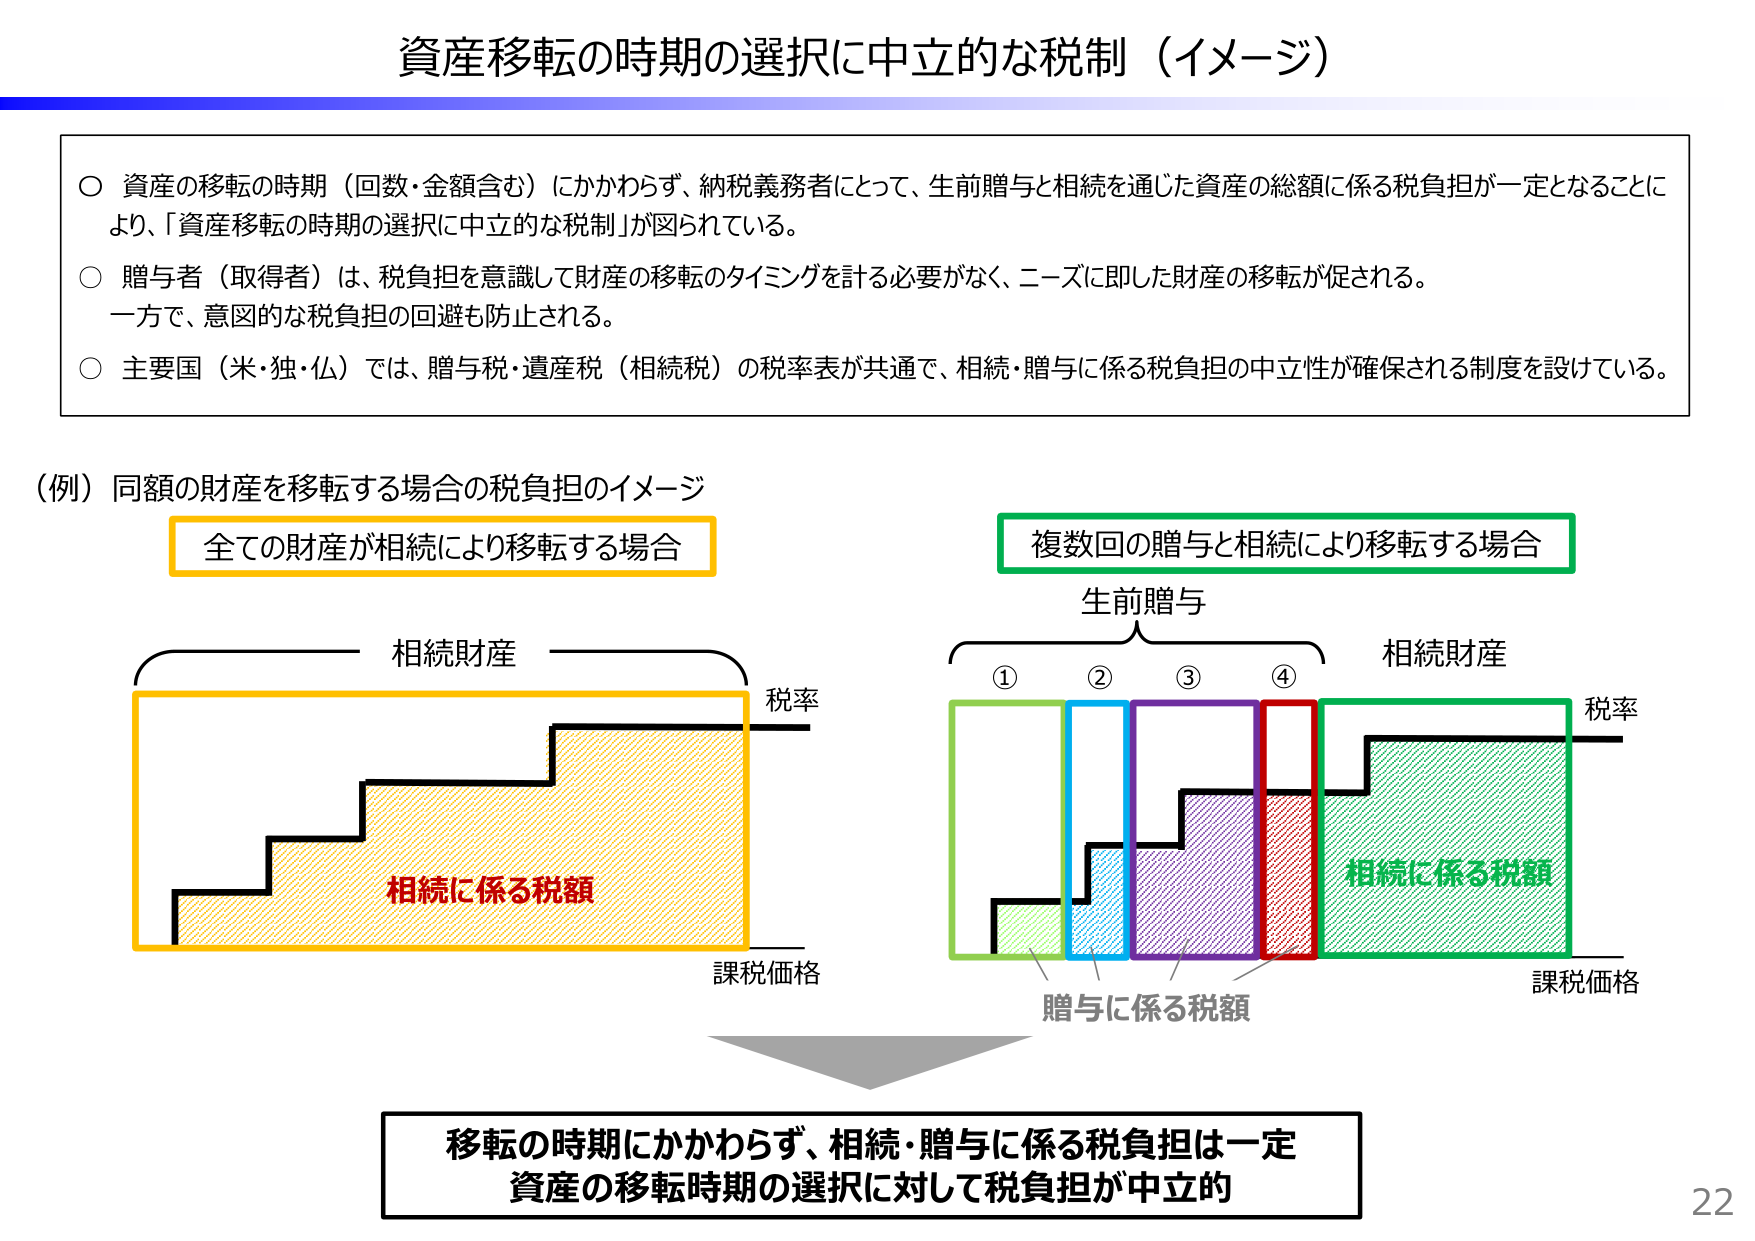
資産移転の時期の選択に中立的な税制（イメージ）

○ 資産の移転の時期（回数・金額含む）にかかわらず、納税義務者にとって、生前贈与と相続を通じた資産の総額に係る税負担が一定となることにより、「資産移転の時期の選択に中立的な税制」が図られている。

○ 贈与者（取得者）は、税負担を意識して財産の移転のタイミングを計る必要がなく、ニーズに即した財産の移転が促される。
一方で、意図的な税負担の回避も防止される。

○ 主要国（米・独・仏）では、贈与税・遺産税（相続税）の税率表が共通で、相続・贈与に係る税負担の中立性が確保される制度を設けている。

（例）同額の財産を移転する場合の税負担のイメージ

全ての財産が相続により移転する場合
相続財産
税率
相続に係る税額
課税価格

複数回の贈与と相続により移転する場合
生前贈与
① ② ③ ④
相続財産
税率
贈与に係る税額
相続に係る税額
課税価格

移転の時期にかかわらず、相続・贈与に係る税負担は一定
資産の移転時期の選択に対して税負担が中立的

22